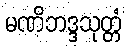
မဏိဘဒ္ဒသုတ္တံ